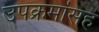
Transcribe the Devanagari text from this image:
उपक्रमांसह